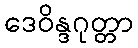
ဒေဝိန္ဒဂုတ္တာ